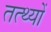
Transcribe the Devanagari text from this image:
तत्थ्यों